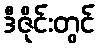
ဒီဇိုင်းတွင်